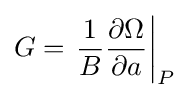
G=\left.{\frac {1}{B}}{\frac {\partial \Omega }{\partial a}}\right|_{P}